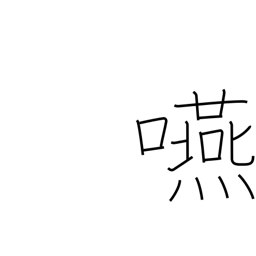
Meaning: swallow